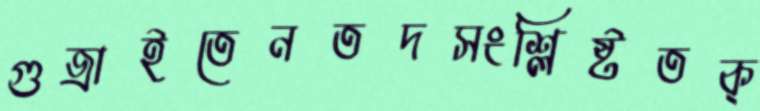
গুজ্‌রাইতেনতদসংশ্লিষ্টতক্